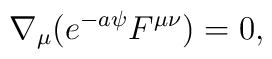
\nabla_{\mu} (e^{-a \psi } F^{\mu \nu}) = 0,